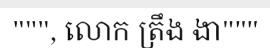
""", លោក ត្រឹង ងា"""